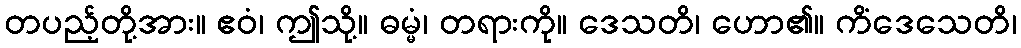
တပည့်တို့အား။ ဧဝံ၊ ဤသို့။ ဓမ္မံ၊ တရားကို။ ဒေသတိ၊ ဟော၏။ ကိံဒေသေတိ၊